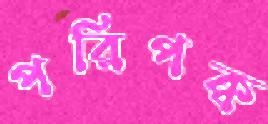
পরিপক্ব